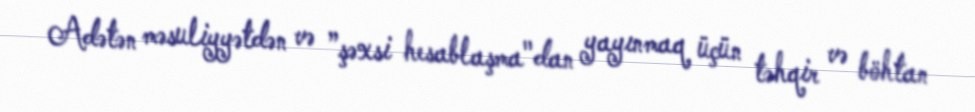
Adətən məsuliyyətdən və ”şəxsi hesablaşma"dan yayınmaq üçün təhqir və böhtan